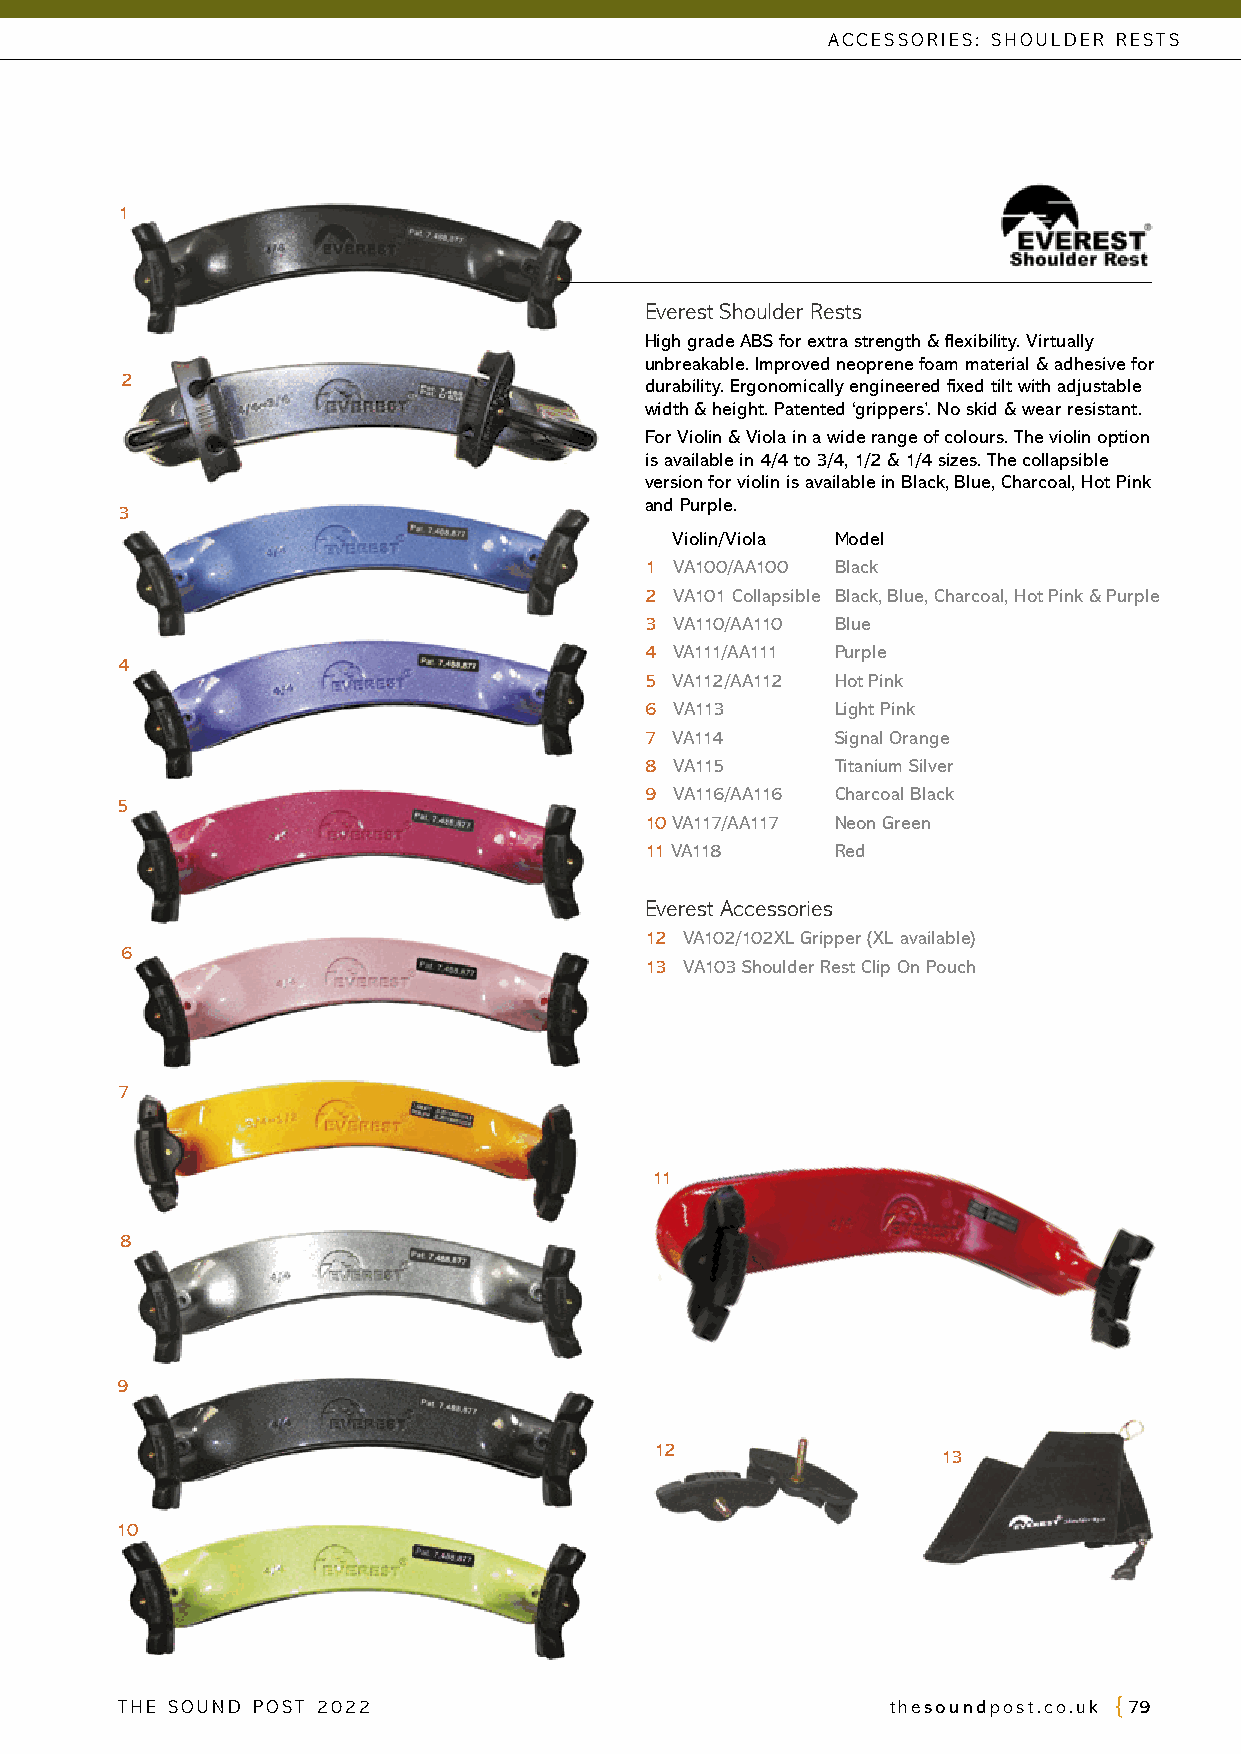
ACCESSORIES: SHOULDER RESTS
 1
 Everest Shoulder Rests
 High grade ABS for extra strength & flexibility. Virtually
 unbreakable. Improved neoprene foam material & adhesive for
 2                                  durability. Ergonomically engineered fixed tilt with adjustable
 width & height. Patented ‘grippers’. No skid & wear resistant.
 For Violin & Viola in a wide range of colours. The violin option
 is available in 4/4 to 3/4, 1/2 & 1/4 sizes. The collapsible
 version for violin is available in Black, Blue, Charcoal, Hot Pink
 and Purple.
 3
 Violin/Viola Model
 1 VA100/AA100 Black
 2 VA101 Collapsible Black, Blue, Charcoal, Hot Pink & Purple
 3 VA110/AA110 Blue
 4 VA111/AA111 Purple
 4
 5 VA112/AA112 Hot Pink
 6 VA113     Light Pink
 7 VA114     Signal Orange
 8 VA115     Titanium Silver
 9 VA116/AA116 Charcoal Black
 5
 10 VA117/AA117 Neon Green
 11 VA118    Red
 Everest Accessories
 12 VA102/102XL Gripper (XL available)
 6
 13 VA103 Shoulder Rest Clip On Pouch
 7
 11
 8
 9
 12
 13
 10
 THE SOUND POST 2022                                thesoundpost.co.uk 79